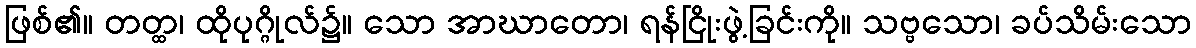
ဖြစ်၏။ တတ္ထ၊ ထိုပုဂ္ဂိုလ်၌။ သော အာဃာတော၊ ရန်ငြိုးဖွဲ့ခြင်းကို။ သဗ္ဗသော၊ ခပ်သိမ်းသော